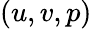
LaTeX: (u,v,p)